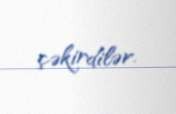
çəkirdilər.